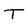
Character: T